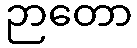
ဉာတော